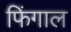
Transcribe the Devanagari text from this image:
फिंगाल